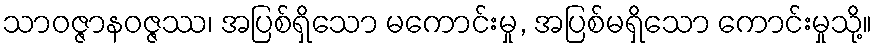
သာဝဇ္ဇာနဝဇ္ဇဿ၊ အပြစ်ရှိသော မကောင်းမှု, အပြစ်မရှိသော ကောင်းမှုသို့။